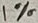
Text: 1*